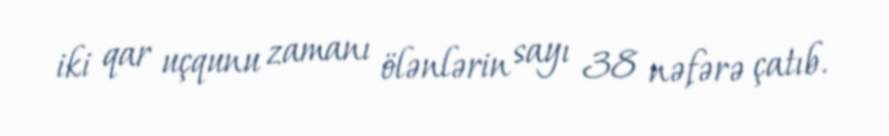
iki qar uçqunu zamanı ölənlərin sayı 38 nəfərə çatıb.